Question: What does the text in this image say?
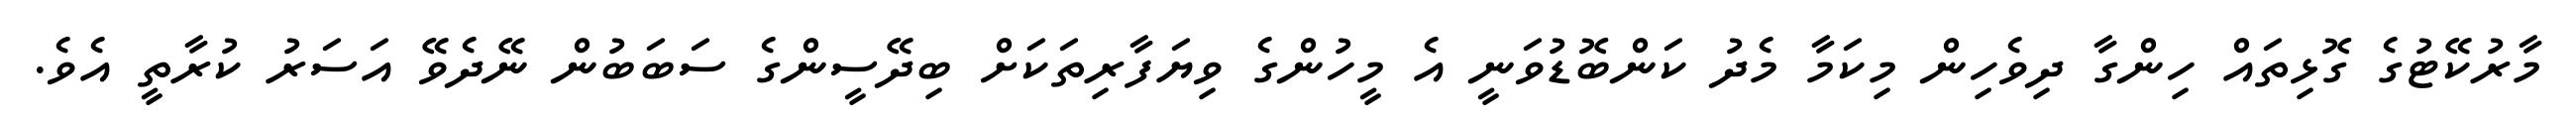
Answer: މާރުކޭޓުގެ ގޮޅިތައް ހިންގާ ދިވެހިން މިކަމާ މެދު ކަންބޮޑުވަނީ އެ މީހުންގެ ވިޔަފާރިތަކަށް ބިދޭސީންގެ ސަބަބުން ނޭދެވޭ އަސަރު ކުރާތީ އެވެ.